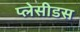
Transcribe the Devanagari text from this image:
प्लेसीडस